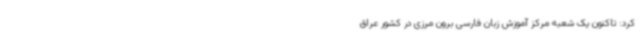
کرد: تاکنون یک شعبه مرکز آموزش زبان فارسی برون مرزی در کشور عراق